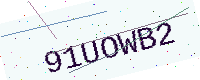
Text: 91UOWB2